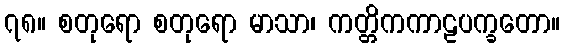
၇၈။ စတုရော စတုရော မာသာ၊ ကတ္တိကကာဠပက္ခတော။